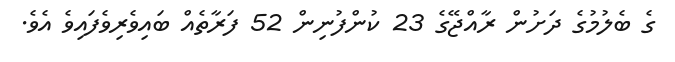
ގެ ބެލުމުގެ ދަށުން ރާއްޖޭގެ 23 ކުންފުނިން 52 ފަރާތެއް ބައިވެރިވެފައިވެ އެވެ.